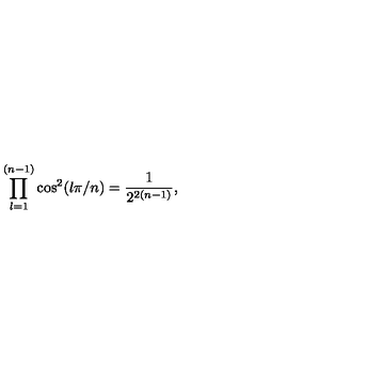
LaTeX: \prod _ { l = 1 } ^ { ( n - 1 ) } \cos ^ { 2 } ( l \pi / n ) = { \frac { 1 } { 2 ^ { 2 ( n - 1 ) } } } ,